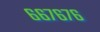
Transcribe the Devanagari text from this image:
६६७६७६